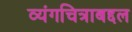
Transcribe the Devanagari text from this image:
व्यंगचित्राबद्दल